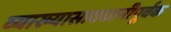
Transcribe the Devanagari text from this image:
व्याख्यासावधानीपूर्वक